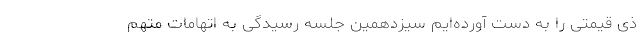
ذی قیمتی را به دست آورده‌ایم سیزدهمین جلسه رسیدگی به اتهامات متهم